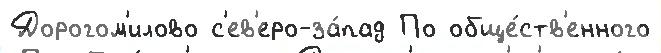
Дорогом'илово с'ев'еро-за́пад По обще́ств'енного